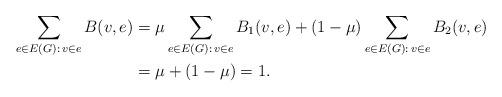
LaTeX: \begin{align*}\sum_{e\in E(G):\,v\in e} B(v,e) & =\mu \sum_{e\in E(G):\,v\in e} B_1(v,e) + (1-\mu)\sum_{e\in E(G):\,v\in e} B_2(v,e)\\& =\mu+(1-\mu)=1.\end{align*}